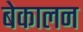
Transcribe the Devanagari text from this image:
बेकालन